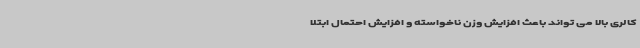
کالری بالا می تواند باعث افزایش وزن ناخواسته و افزایش احتمال ابتلا